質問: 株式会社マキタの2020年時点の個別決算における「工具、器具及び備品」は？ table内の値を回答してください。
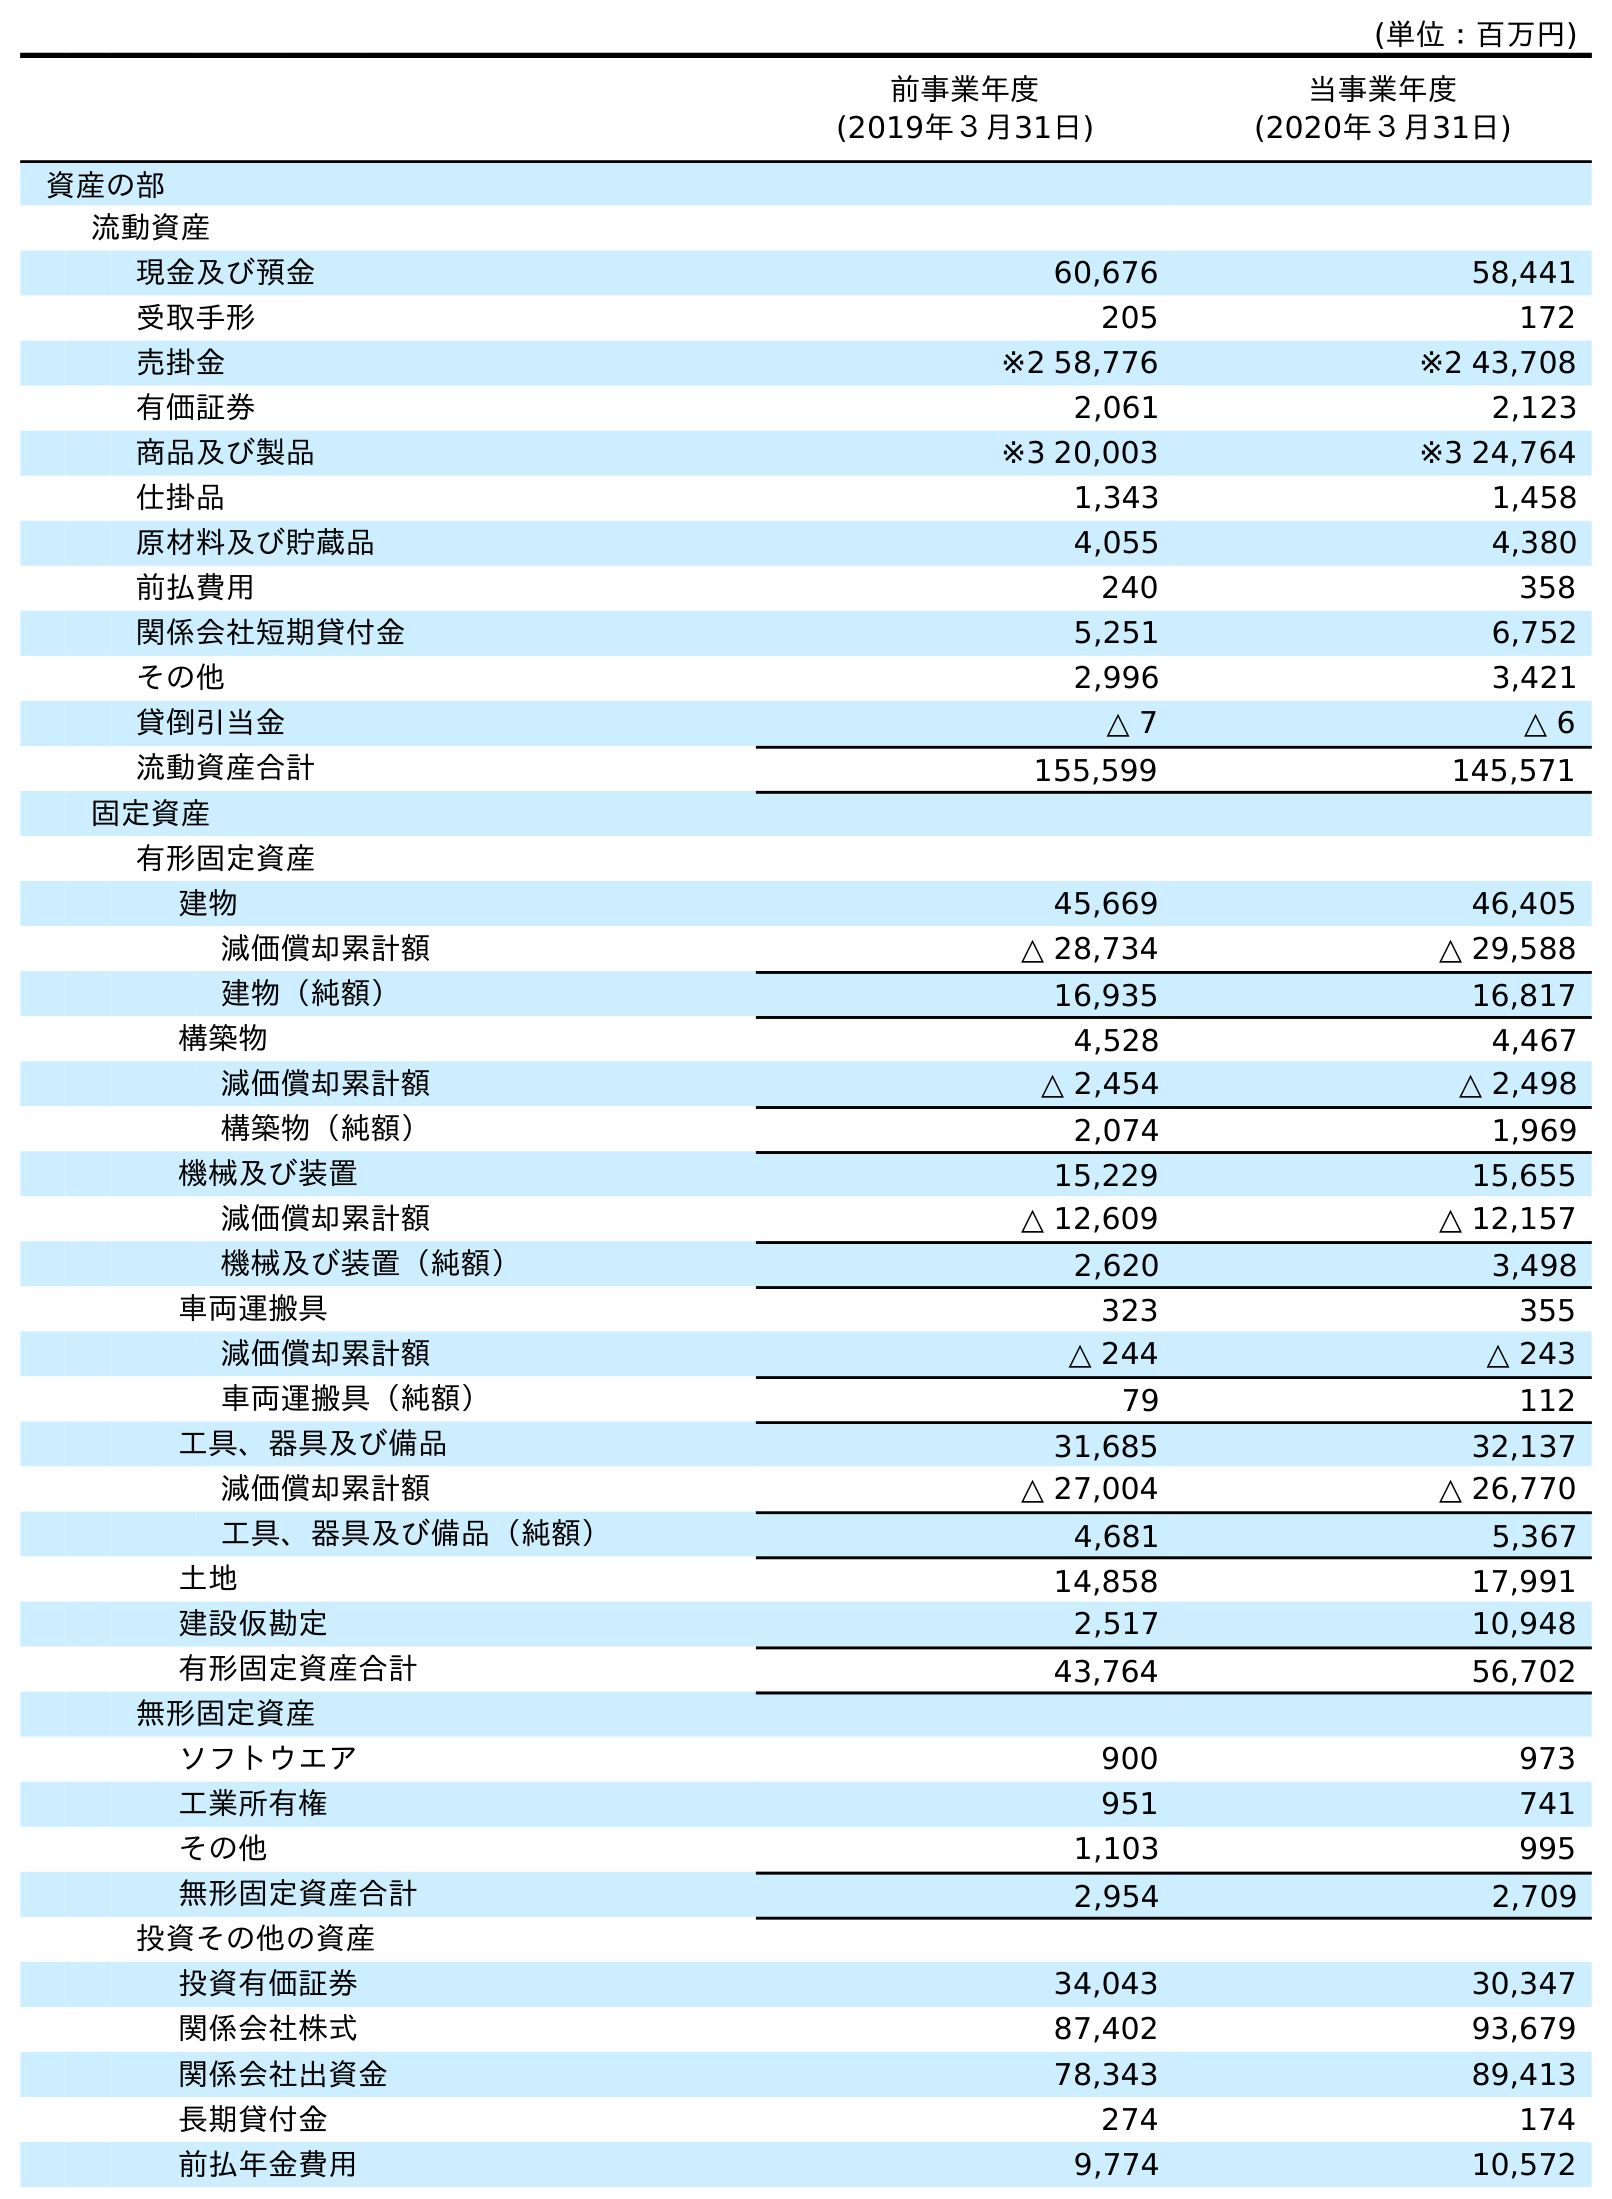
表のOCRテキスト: (単位：百万円) 前事業年度 (2019年３月31日) 当事業年度 (2020年３月31日) 資産の部 流動資産 現金及び預金 60,676 58,441 受取手形 205 172 売掛金 ※2 58,776 ※2 43,708 有価証券 2,061 2,123 商品及び製品 ※3 20,003 ※3 24,764 仕掛品 1,343 1,458 原材料及び貯蔵品 4,055 4,380 前払費用 240 358 関係会社短期貸付金 5,251 6,752 その他 2,996 3,421 貸倒引当金 △ 7 △ 6 流動資産合計 155,599 145,571 固定資産 有形固定資産 建物 45,669 46,405 減価償却累計額 △ 28,734 △ 29,588 建物（純額） 16,935 16,817 構築物 4,528 4,467 減価償却累計額 △ 2,454 △ 2,498 構築物（純額） 2,074 1,969 機械及び装置 15,229 15,655 減価償却累計額 △ 12,609 △ 12,157 機械及び装置（純額） 2,620 3,498 車両運搬具 323 355 減価償却累計額 △ 244 △ 243 車両運搬具（純額） 79 112 工具、器具及び備品 31,685 32,137 減価償却累計額 △ 27,004 △ 26,770 工具、器具及び備品（純額） 4,681 5,367 土地 14,858 17,991 建設仮勘定 2,517 10,948 有形固定資産合計 43,764 56,702 無形固定資産 ソフトウエア 900 973 工業所有権 951 741 その他 1,103 995 無形固定資産合計 2,954 2,709 投資その他の資産 投資有価証券 34,043 30,347 関係会社株式 87,402 93,679 関係会社出資金 78,343 89,413 長期貸付金 274 174 前払年金費用 9,774 10,572
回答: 32,137